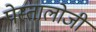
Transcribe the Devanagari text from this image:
पेस्तालोजी